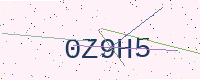
Text: 0Z9H5